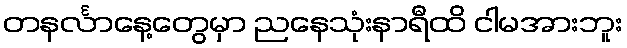
တနင်္လာနေ့တွေမှာ ညနေသုံးနာရီထိ ငါမအားဘူး